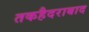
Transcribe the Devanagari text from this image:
तकहैदराबाद